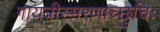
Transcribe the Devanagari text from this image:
गायत्रीस्मरणाच्छुचिः